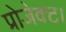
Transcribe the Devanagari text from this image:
प्रोजेक्ट।